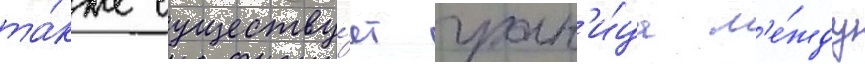
та́кже существу́ет гран'и́ца м'е́жду